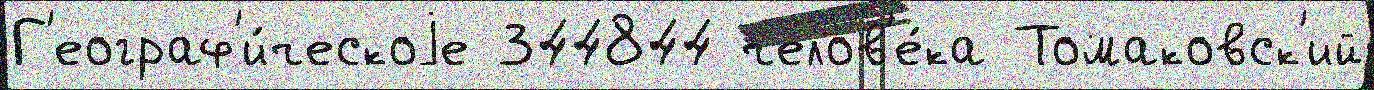
Г'еограф'и́ческоjе 344844 челов'е́ка Томаковск'ий